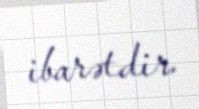
ibarətdir.